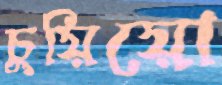
চুয়িয়ো